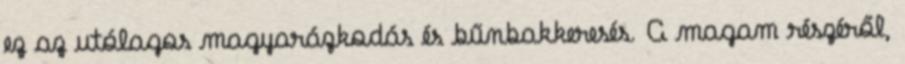
ez az utólagos magyarázkodás és bűnbakkeresés. A magam részéről,